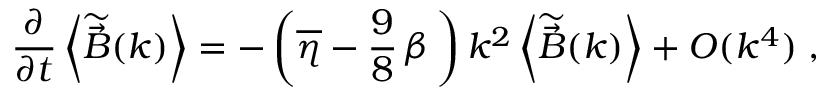
\frac { \partial } { \partial t } \left< \widetilde { \vec { B } } ( \boldsymbol { k } ) \right> = - \left( \overline { { \eta } } - \frac { 9 } { 8 } \, \beta \, \right) k ^ { 2 } \left< \widetilde { \vec { B } } ( \boldsymbol { k } ) \right> + O ( k ^ { 4 } ) \; ,